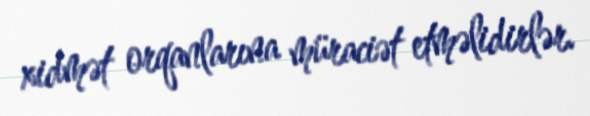
xidmət orqanlarına müraciət etməlidirlər.